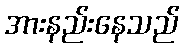
အားနည်းနေသည်